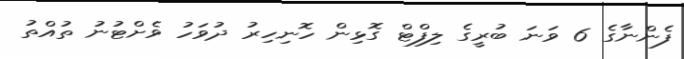
ފެންނާގެ 6 ވަނަ ބުރީގެ ލިފްޓް ގޮޅިން ހޮނިހިރު ދުވަހު ވެށްޓުނު ތުއްތު